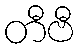
တီဗီ